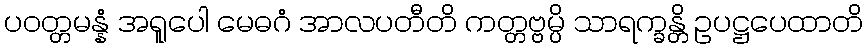
ပဝတ္တမန္နံ အရူပေါ မေဓဂံ အာလပတီတိ ကတ္တဗ္ဗမ္ပိ သာရက္ခန္တိ ဥပဋ္ဌပေထာတိ